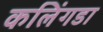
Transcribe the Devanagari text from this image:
कलिंगडा